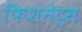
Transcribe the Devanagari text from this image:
फिशनेट्स